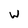
Character: W